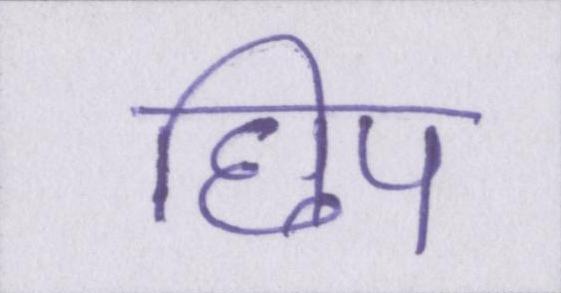
छिप